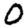
Digit: 0